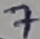
Text: 7